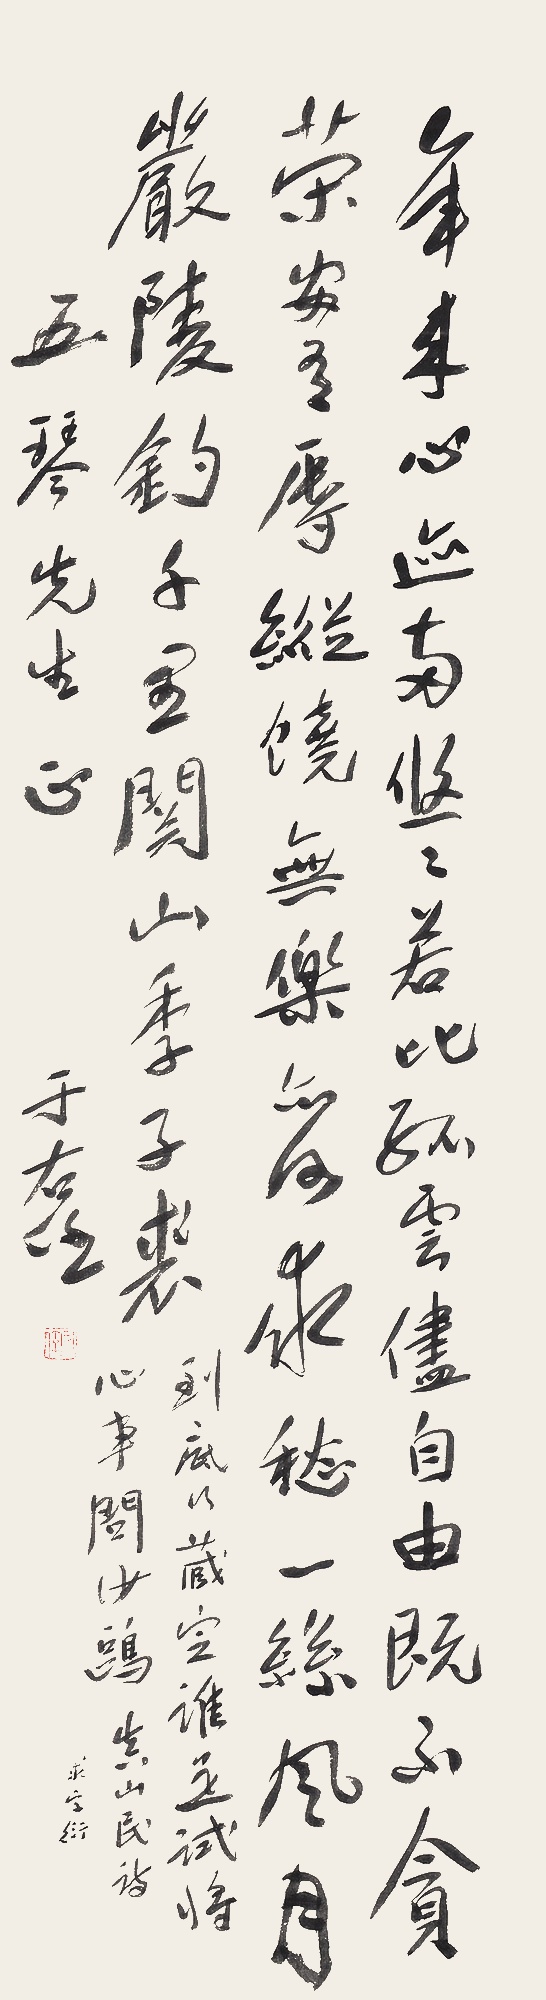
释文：年来心迹两悠悠，若比孤云尽自由。既不贪荣安有辱，纵饶无乐亦何求。愁一丝风月严陵钓，千里关山季子裘。到底行藏定谁是，试将心事问沙鸥。真山民诗，求字衍。五琴先生正，于右任。